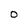
Character: 0